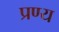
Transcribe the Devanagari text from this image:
प्रण्य